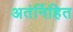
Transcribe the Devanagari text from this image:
अतंर्निहित